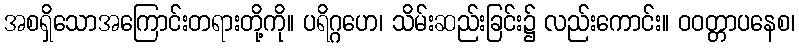
အစရှိသောအကြောင်းတရားတို့ကို။ ပရိဂ္ဂဟေ၊ သိမ်းဆည်းခြင်း၌ လည်းကောင်း။ ဝဝတ္တာပနေစ၊